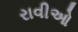
રાવીઓ